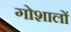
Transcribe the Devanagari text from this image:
गोशालों